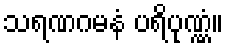
သရဏဂမနံ ပရိပုဏ္ဏံ။